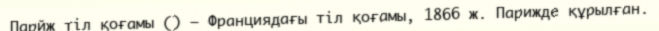
Парйж тіл қоғамы () — Франциядағы тіл қоғамы, 1866 ж. Парижде құрылған.